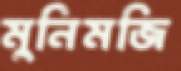
মুনিমজি